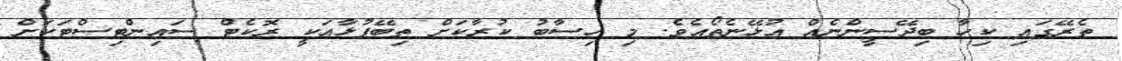
ތެރޭގައި ކިހާ ބިދޭސީންނެއް އުޅޭނެތޯއެވެ. މި ހިސާބު ކުރާކަށް ތިބޭފުޅާއަކީ ރޮކެޓް ސައިންޓިސްޓަކަށް